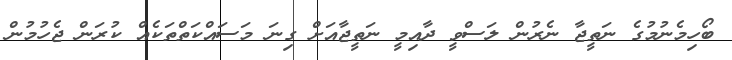
ބޯހިމެނުމުގެ ނަތީޖާ ނެރުން ލަސްވީ ދާއިމީ ނަތީޖާއަށް ގިނަ މަސައްކަތްތަކެއް ކުރަން ޖެހުމުން